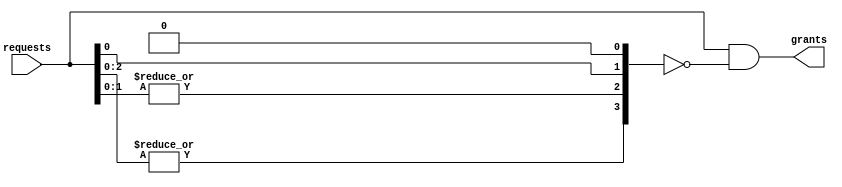
/*******************************************************************************
 * Copyright 2020 Zero ASIC Corporation
 *
 * Licensed under the Apache License, Version 2.0 (the "License");
 * you may not use this file except in compliance with the License.
 * You may obtain a copy of the License at
 *
 *     http://www.apache.org/licenses/LICENSE-2.0
 *
 * Unless required by applicable law or agreed to in writing, software
 * distributed under the License is distributed on an "AS IS" BASIS,
 * WITHOUT WARRANTIES OR CONDITIONS OF ANY KIND, either express or implied.
 * See the License for the specific language governing permissions and
 * limitations under the License.
 *
 * ----
 *
 * ##Documentation##
 *
 * - Priority selector
 * - Index zero has highest priority.
 *
 ******************************************************************************/

module umi_priority
  #(parameter N   = 4    // number of inputs
    )
   (input [N-1:0]  requests, // request vector ([0] is highest priority)
    output [N-1:0] grants    // outgoing grant vector
    );

   wire [N-1:0]   mask;
   genvar         j;

   // priority maskx
   assign mask[0] = 1'b0;
   for (j=N-1; j>=1; j=j-1)
     begin : ipri
        assign mask[j] = |requests[j-1:0];
     end

   // priority grant circuit
   assign grants[N-1:0] = requests[N-1:0] & ~mask[N-1:0];

endmodule // umi_priority